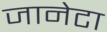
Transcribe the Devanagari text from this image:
जानेटा